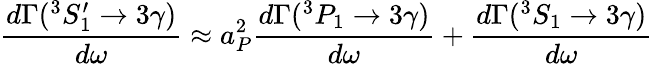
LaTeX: \frac{d\Gamma({}^{3}S_{1}^{\prime}\rightarrow 3\gamma)}{d\omega}\approx a_{P}^{2}\frac{d\Gamma({}^{3}P_{1}\rightarrow 3\gamma)}{d\omega}+\frac{d\Gamma({}^{3}S_{1}\rightarrow 3\gamma)}{d\omega}